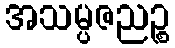
အသမ္ပဇညဉ္စ